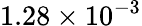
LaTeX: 1.28\times 10^{-3}